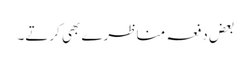
بعض دفعہ مناظرے بھی کرتے۔